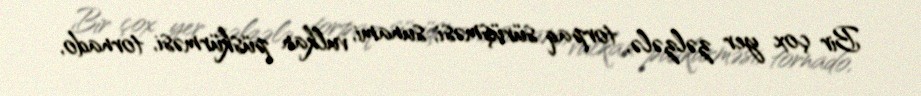
Bir çox yer zəlzələ, torpaq sürüşməsi, sunami, vulkan püskürməsi, tornado,